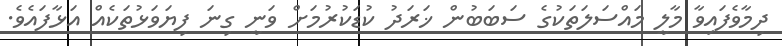
ދިމާވެފައިވާ މާލީ މައްސަލަތަކުގެ ސަބަބުން ޚަރަދު ކުޑަކުރުމަށް ވަނީ ގިނަ ފިޔަވަޅުތަކެއް އަޅާފައެވެ.